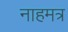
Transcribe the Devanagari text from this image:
नाहमत्र